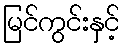
မြင်ကွင်းနှင့်